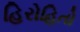
હિરોહિતો